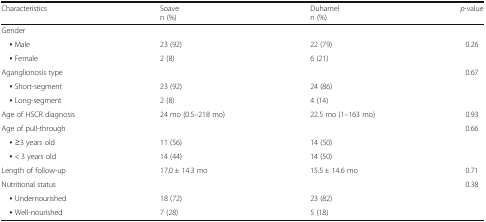
<table><thead><tr><td><b>Characteristics</b></td><td><b>Soaven (%)</b></td><td><b>Duhameln (%)</b></td><td><b><i>p</i>-value</b></td></tr></thead><tbody><tr><td colspan="4">Gender</td></tr><tr><td> ▪ Male</td><td>23 (92)</td><td>22 (79)</td><td>0.26</td></tr><tr><td> ▪ Female</td><td>2 (8)</td><td>6 (21)</td><td></td></tr><tr><td>Aganglionosis type</td><td></td><td></td><td>0.67</td></tr><tr><td> ▪ Short-segment</td><td>23 (92)</td><td>24 (86)</td><td></td></tr><tr><td> ▪ Long-segment</td><td>2 (8)</td><td>4 (14)</td><td></td></tr><tr><td>Age of HSCR diagnosis</td><td>24 mo (0.5–218 mo)</td><td>22.5 mo (1–163 mo)</td><td>0.93</td></tr><tr><td>Age of pull-through</td><td></td><td></td><td>0.66</td></tr><tr><td> ▪ ≥3 years old</td><td>11 (56)</td><td>14 (50)</td><td></td></tr><tr><td> ▪ &lt; 3 years old</td><td>14 (44)</td><td>14 (50)</td><td></td></tr><tr><td>Length of follow-up</td><td>17.0 ± 14.3 mo</td><td>15.5 ± 14.6 mo</td><td>0.71</td></tr><tr><td>Nutritional status</td><td></td><td></td><td>0.38</td></tr><tr><td> ▪ Undernourished</td><td>18 (72)</td><td>23 (82)</td><td></td></tr><tr><td> ▪ Well-nourished</td><td>7 (28)</td><td>5 (18)</td><td></td></tr></tbody></table>